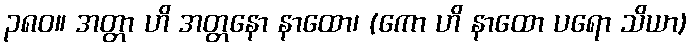
၃၈၀။ အတ္တာ ဟိ အတ္တနော နာထော၊ (ကော ဟိ နာထော ပရော သိယာ)